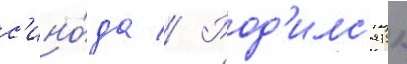
с'ино́да // Род'илс'я 11